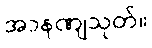
အာနဏျသုတ်။